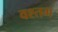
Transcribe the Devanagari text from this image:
वश्तग